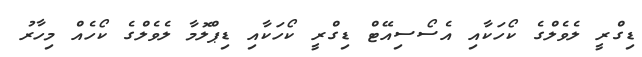
ޑިގްރީ ލެވެލްގެ ކޯހަކާއި އެސޯސިއޭޓް ޑިގްރީ ކޯހަކާއި ޑިޕްލޮމާ ލެވެލްގެ ކޯހެއް މިހާރު